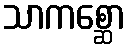
သာကစ္ဆော